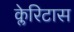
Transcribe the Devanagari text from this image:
क्लेरिटास